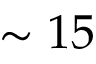
\sim 1 5